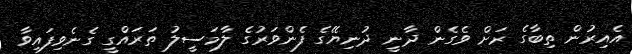
އެއިރުން ތިބާގެ ރަށް ވެގެން ދާނީ ދުނިޔޭގެ ފެންވަރުގެ ލާމަސީލު ތަރައްގީ ގެނެވިފައިވާ